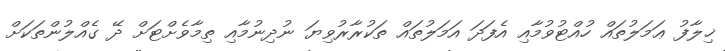
ޚިލާފު ޢަމަލުތައް ހުއްޓުވުމާއި އެފަދަ އަމަލުތައް ތަކުރާރުވިޔަ ނުދިނުމާއި ތިމާވެށްޓަށް ދޭ ގެއްލުންތަކަށް